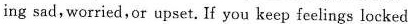
ing sad,worried,or upset. If you keep feelings locked